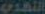
التحدي